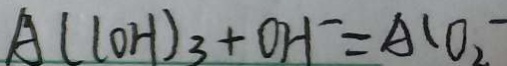
A ( l O H ) _ { 3 } + O H ^ { - } = A C O _ { 2 }